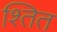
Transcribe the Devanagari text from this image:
श्तित